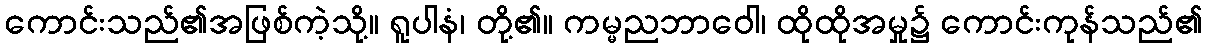
ကောင်းသည်၏အဖြစ်ကဲ့သို့။ ရူပါနံ၊ တို့၏။ ကမ္မညဘာဝေါ၊ ထိုထိုအမှု၌ ကောင်းကုန်သည်၏